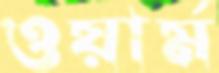
ওয়ার্ম